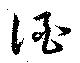
酒